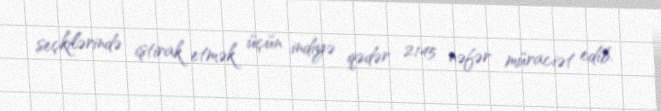
seçkilərində iştirak etmək üçün indiyə qədər 2145 nəfər müraciət edib.